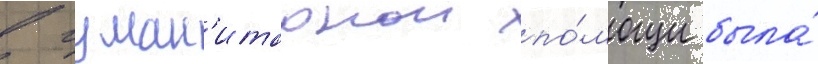
в гуман'итарнои по́мощи была́